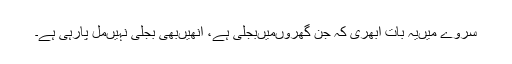
سروے میںیہ بات ابھری کہ جن گھروںمیںبجلی ہے، انھیںبھی بجلی نہیںمل پارہی ہے۔